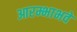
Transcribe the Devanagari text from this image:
आरम्भाभवे